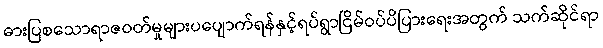
ဓားပြစသောရာဇဝတ်မှုများပပျောက်ရန်နှင့်ရပ်ရွာငြိမ်ဝပ်ပိပြားရေးအတွက် သက်ဆိုင်ရာ